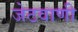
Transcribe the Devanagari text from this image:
जेठवाणी